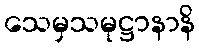
သေမှသမုဋ္ဌာနာနိ